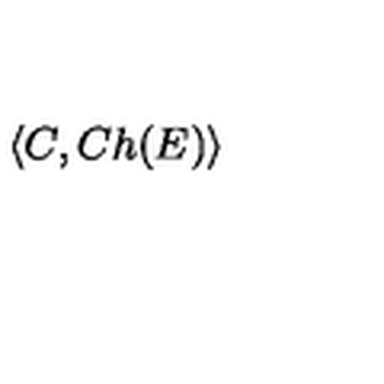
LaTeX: \langle C , C h ( E ) \rangle